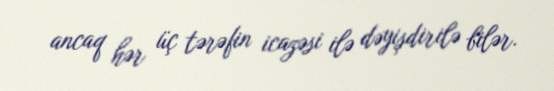
ancaq hər üç tərəfin icazəsi ilə dəyişdirilə bilər.